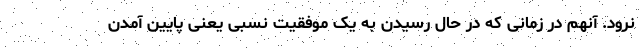
نرود. آنهم در زمانی که در حال رسیدن به یک موفقیت نسبی یعنی پایین آمدن